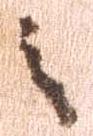
之